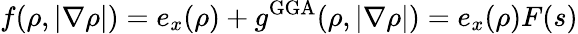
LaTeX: f(\rho,|\nabla\rho|)=e_{x}(\rho)+g^{\mathrm{GGA}}(\rho,|\nabla\rho|)=e_{x}(\rho)F(s)